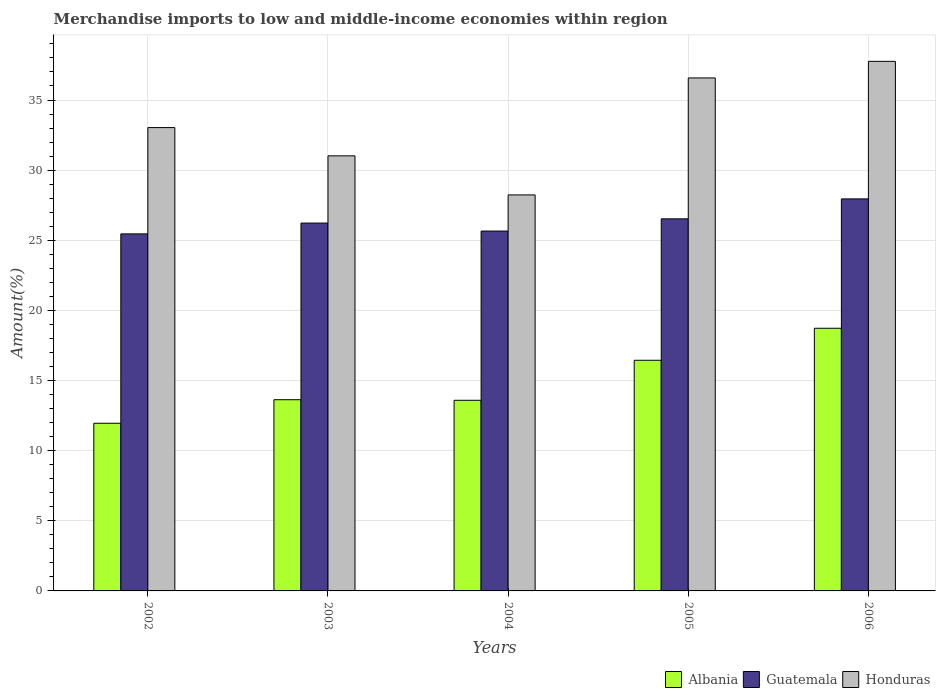
| Years | Albania | Guatemala | Honduras |
 | --- | --- | --- | --- |
 | 2002 | 12 | 25.5 | 33 |
 | 2003 | 13.6 | 26.2 | 31 |
 | 2004 | 13.6 | 25.7 | 28.2 |
 | 2005 | 16.4 | 26.5 | 36.6 |
 | 2006 | 18.7 | 27.9 | 37.8 |